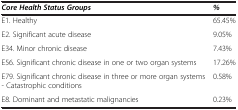
| Core Health Status Groups | % |
 | --- | --- |
 | E1. Healthy | 65.45% |
 | E2. Significant acute disease | 9.05% |
 | E34. Minor chronic disease | 7.43% |
 | E56. Significant chronic disease in one or two organ systems | 17.26% |
 | E79. Significant chronic disease in three or more organ systems - Catastrophic conditions | 0.58% |
 | E8. Dominant and metastatic malignancies | 0.23% |